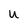
Character: U